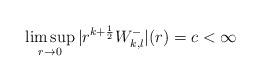
LaTeX: \begin{align*}\limsup_{r\rightarrow 0}|r^{k+\frac{1}{2}}W_{k,l}^-|(r)=c<\infty\end{align*}